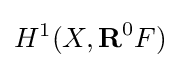
H^{1}(X,{\textbf {R}}^{0}F)